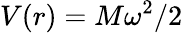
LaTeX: V(r)=M\omega^{2}/2